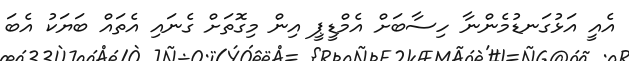
އެއީ އަޅުގަނޑުމެންނާ ހިސާބަށް އެމްޑީޕީ އިން މިގޮތަށް ގެނައި އެތައް ބަޔަކު އެބަ